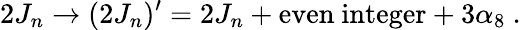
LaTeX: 2J_{n}\rightarrow(2J_{n})^{\prime}=2J_{n}+\mathrm{even\ integer}+3\alpha_{8}\ .